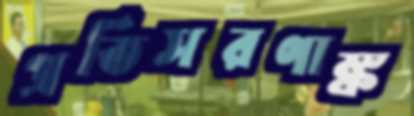
প্রতিসরণাঙ্ক